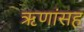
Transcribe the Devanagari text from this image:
ऋणांसह